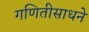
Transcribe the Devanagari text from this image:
गणितीसाधने